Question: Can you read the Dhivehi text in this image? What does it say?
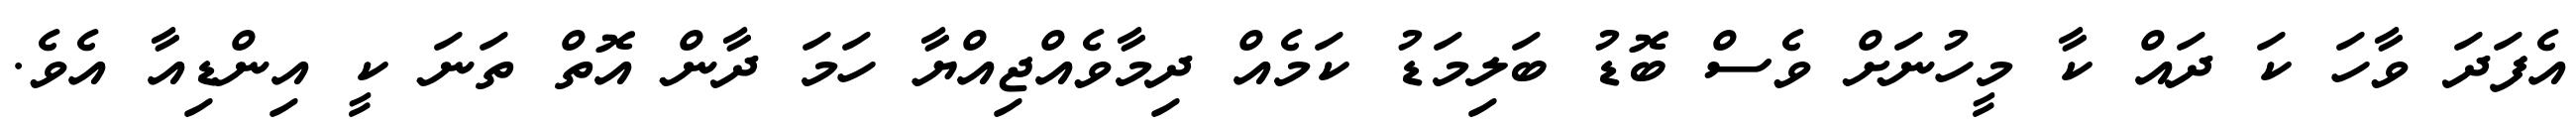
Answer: އެފަދަ ވާހަ ކަ ދައް ކާ މީހުނަށް ވެސް ބޮޑު ބަލިމަޑު ކަމެއް ދިމާވެއްޖިއްޔާ ހަމަ ދާން އޮތް ތަނަ ކީ އިންޑިއާ އެވެ.